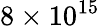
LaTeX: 8\times 10^{15}